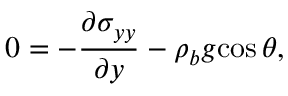
0 = - \frac { \partial { \sigma _ { y y } } } { \partial { y } } - \rho _ { b } { g } { \cos \theta } ,